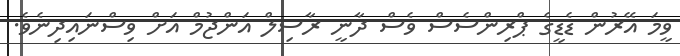
ވީމަ އޭރުން ޑެޑީގެ ޕްރިންސެސް ވެސް ދާނީ ރާސިލް އަންޖުމް އަށް ވިސްނައިދިނެވެ.